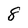
Character: 8